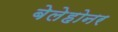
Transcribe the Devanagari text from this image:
बेलेहोनर